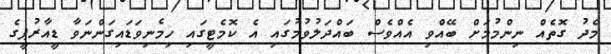
މެދު ގޮތެއް ނިންމުމަށް ބޭއްވި އެއްވެސް ބައްދަލުވުމުގައި އެ ކޮމެޓީގައި ހިމެނިވަޑައިގަންނަވާ ޑީއާރުޕީގެ